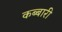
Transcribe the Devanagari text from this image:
कब्बारी